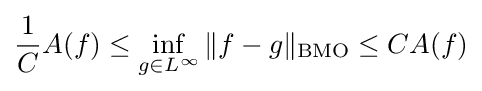
{\frac {1}{C}}A(f)\leq \inf _{g\in L^{\infty }}\|f-g\|_{\text{BMO}}\leq CA(f)